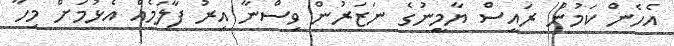
އެހެން ކަމުން ރައީސް ޔާމީނުގެ ނަޒަރުން ވިސްނާ އިރު ފާލަމެއް އެޅުމަށް މިހާ